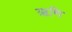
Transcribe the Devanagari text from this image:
ऋणि